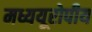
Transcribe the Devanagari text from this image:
मध्ययूरोपीय